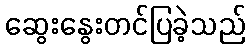
ဆွေးနွေးတင်ပြခဲ့သည်